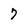
Character: 7